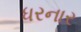
ધરનાર